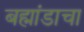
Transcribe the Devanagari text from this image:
बह्मांडाचा